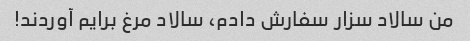
من سالاد سزار سفارش دادم، سالاد مرغ برایم آوردند!